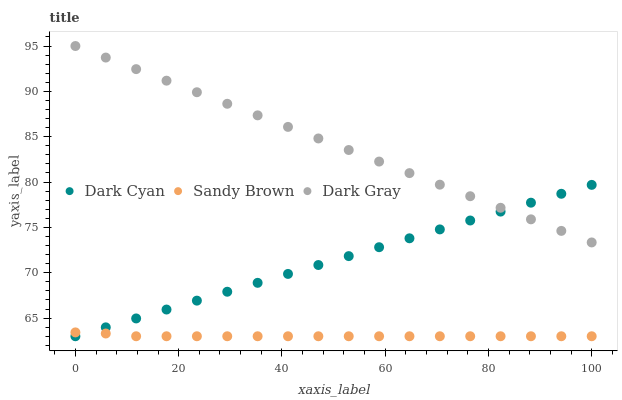
| xaxis_label | Dark Cyan | Sandy Brown | Dark Gray |
 | --- | --- | --- | --- |
 | 0 | 63 | 63.4 | 95 |
 | 5.88 | 64 | 63.3 | 93.7 |
 | 11.8 | 65 | 63 | 92.5 |
 | 17.6 | 65.9 | 63 | 91.2 |
 | 23.5 | 66.9 | 63 | 89.9 |
 | 29.4 | 67.9 | 63 | 88.6 |
 | 35.3 | 68.9 | 63 | 87.4 |
 | 41.2 | 69.9 | 63 | 86.1 |
 | 47.1 | 70.9 | 63 | 84.8 |
 | 52.9 | 71.8 | 63 | 83.5 |
 | 58.8 | 72.8 | 63 | 82.3 |
 | 64.7 | 73.8 | 63 | 81 |
 | 70.6 | 74.8 | 63 | 79.7 |
 | 76.5 | 75.8 | 63 | 78.4 |
 | 82.4 | 76.7 | 63 | 77.2 |
 | 88.2 | 77.7 | 63 | 75.9 |
 | 94.1 | 78.7 | 63 | 74.6 |
 | 100 | 79.7 | 63 | 73.3 |